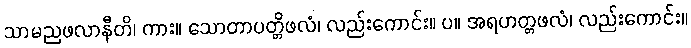
သာမညဖလာနီတိ၊ ကား။ သောတာပတ္တိဖလံ၊ လည်းကောင်း။ ပ။ အရဟတ္တဖလံ၊ လည်းကောင်း။